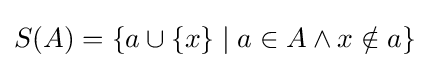
S(A)=\{a\cup \{x\}\mid a\in A\wedge x\notin a\}